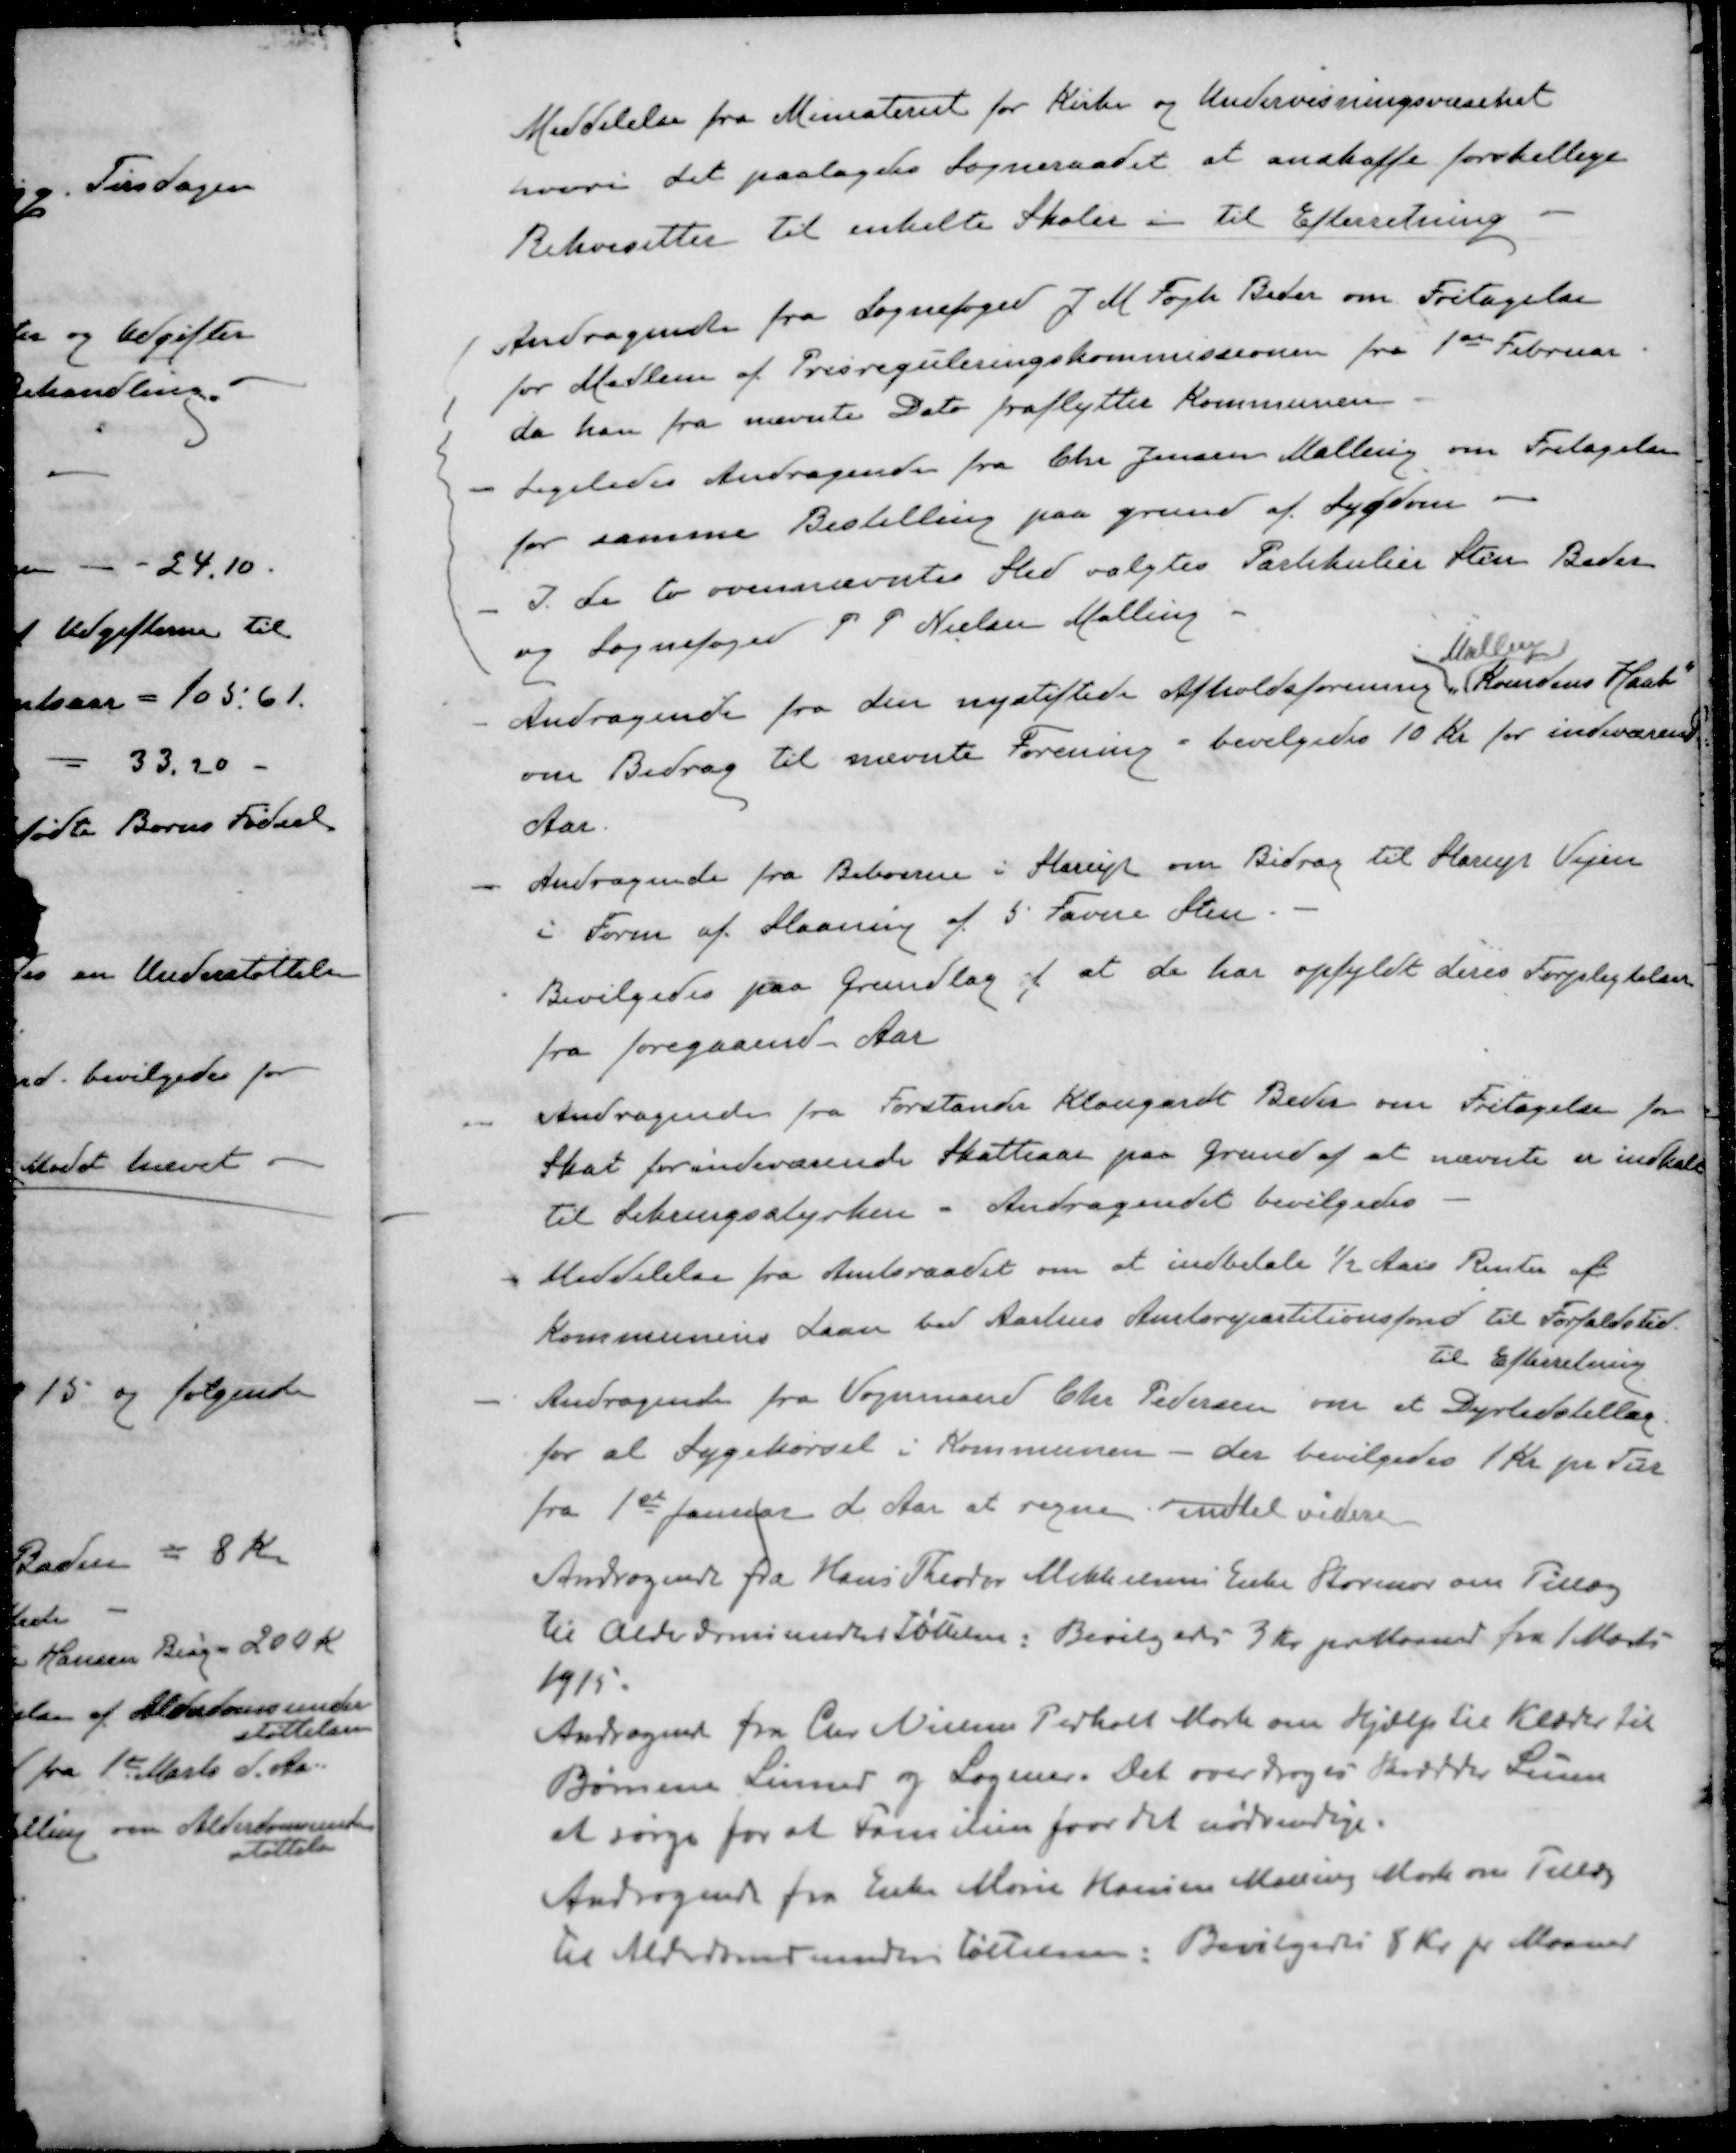
Transskription:
Meddelelse fra Ministeriet for Kirke og Undervisningsvæsenet
hvori det paalagdes Sogneraadet at anskaffe forskellige
Rekvisitter til enkelte Skoler - til Efterretning
Andragende fra Sognefoged J M Fogh Beder om Fritagelse
for Medlem af Prisreguleringskommissionen fra 1ste Februar
da han fra nævnte Dato fraflytter Kommunen
- Ligeledes Andragende fra Chr Jensen Malling om Fritagelse
for samme Bestilling paa grund af Sygdom
- I. de to ovennævntes Sted valgtes Partikulier Sten Beder
og Sognefoged P. P. Nielsen Malling
Malling
- Andragende fra den nystiftede Afholdsforening Kvindens Haab
om Bidrag til nævnte Forening - bevilgedes 10 Kr for indeværende
Aar
-Andragende fra Beboerne i Starup om Bidrag til Starup Vejen
i Foren af Slaaning af 5 Favne Sten.
- Bevilgedes paa Grundlag af at de har opfyldt deres Forpligtelser
fra foregaaende Aar
Andragende fra Forstander Klaugardt Beder om Fritagelse for
Skat forindeværende Skatteaar paa Grund af at nævnte er indkalt
til Lebringsstyrken. Andragendet bevilgedes
Meddelelse fra Amtsraadet om at indbetale ½ Aars Renter af
Kommunens Laan ved Aarhus Amtsrepartitionsfond til Forfaldstid
Til Efterretning
- Andragende fra Vognmand Chr Pedersen om et Dyrtidstillæg
for all Sygekørsel i Kommunen - der bevilgedes 1 Kr pr Tur
fra 1st Januar d. Aar at regne indtil videre 
Andragende fra Hans Theodor Mikkelsens Enke Storenor om Tillæg
til Alderdromsunderstøttelsen: Bevilgedes 3 Kr. pr. Maaned fra 1 Marts
1915.
Andragende fra Chr. Nielsen Pedholt Mark om Hjælp til Klæder til
Børnene Linned og Lagner. Det overdroges Skrædder Lunn
at sørge for at Familien faar det nødvendige.
Andragende fra Enke Marie Hansen Malling Mark om Tillæg
til Alderdomsunderstøttelsen: Bevilgedes 8 Kr. pr. Maaned